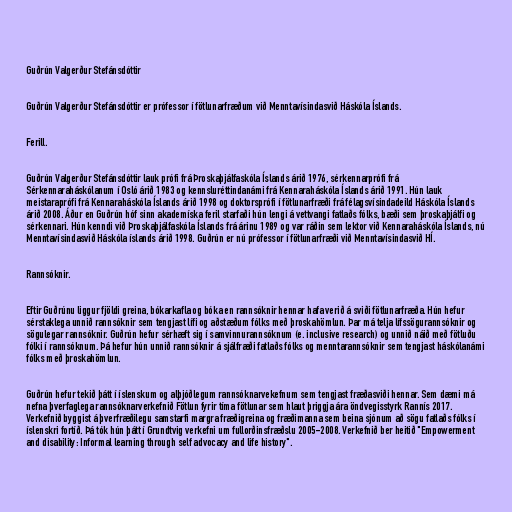
Guðrún Valgerður Stefánsdóttir

Guðrún Valgerður Stefánsdóttir er prófessor í fötlunarfræðum við Menntavísindasvið Háskóla Íslands.

Ferill.

Guðrún Valgerður Stefánsdóttir lauk prófi frá Þroskaþjálfaskóla Íslands árið 1976, sérkennarprófi frá
Sérkennaraháskólanum í Osló árið 1983 og kennsluréttindanámi frá Kennaraháskóla Íslands árið 1991. Hún lauk
meistaraprófi frá Kennaraháskóla Íslands árið 1998 og doktorsprófi í fötlunarfræði frá félagsvísindadeild Háskóla Íslands
árið 2008. Áður en Guðrún hóf sinn akademíska feril starfaði hún lengi á vettvangi fatlaðs fólks, bæði sem þroskaþjálfi og
sérkennari. Hún kenndi við Þroskaþjálfaskóla Íslands frá árinu 1989 og var ráðin sem lektor við Kennaraháskóla Íslands, nú
Menntavísindasvið Háskóla íslands árið 1998. Guðrún er nú prófessor í fötlunarfræði við Menntavísindasvið HÍ.

Rannsóknir.

Eftir Guðrúnu liggur fjöldi greina, bókarkafla og bóka en rannsóknir hennar hafa verið á sviði fötlunarfræða. Hún hefur
sérstaklega unnið rannsóknir sem tengjast lífi og aðstæðum fólks með þroskahömlun. Þar má telja lífssögurannsóknir og
sögulegar rannsóknir. Guðrún hefur sérhæft sig í samvinnurannsóknum (e. inclusive research) og unnið náið með fötluðu
fólki í rannsóknum. Þá hefur hún unnið rannsóknir á sjálfræði fatlaðs fólks og menntarannsóknir sem tengjast háskólanámi
fólks með þroskahömlun.

Guðrún hefur tekið þátt í íslenskum og alþjóðlegum rannsóknarvekefnum sem tengjast fræðasviði hennar. Sem dæmi má
nefna þverfaglega rannsóknarverkefnið Fötlun fyrir tíma fötlunar sem hlaut þriggja ára öndvegisstyrk Rannís 2017.
Verkefnið byggist á þverfræðilegu samstarfi margra fræðigreina og fræðimanna sem beina sjónum að sögu fatlaðs fólks í
íslenskri fortíð. Þá tók hún þátt í Grundtvig verkefni um fullorðinsfræðslu 2005-2008. Verkefnið ber heitið "Empowerment
and disability: Informal learning through self advocacy and life history".